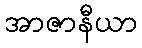
အာဇာနီယာ